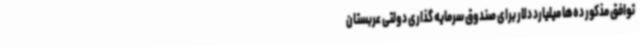
توافق مذکور ده‌ها میلیارد دلار برای صندوق سرمایه گذاری دولتی عربستان